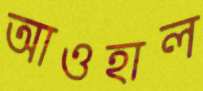
আওহাল